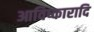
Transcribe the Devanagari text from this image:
आविष्कारादि